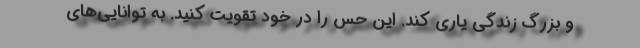
و بزرگ زندگی یاری کند. این حس را در خود تقویت کنید. به توانایی‌های